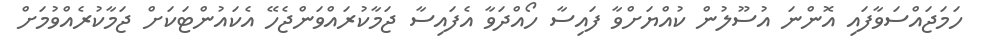
ހަމަޖައްސަވާފައި އޮންނަ އުސޫލުން ކުއްޔަށްވާ ފައިސާ ހޯއްދަވާ އެފައިސާ ޖަމާކުރައްވަންޖެހޭ އެކައުންޓަކަށް ޖަމާކުރެއްވުމަށް